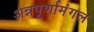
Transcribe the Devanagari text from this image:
अन्नपूर्णामंगल